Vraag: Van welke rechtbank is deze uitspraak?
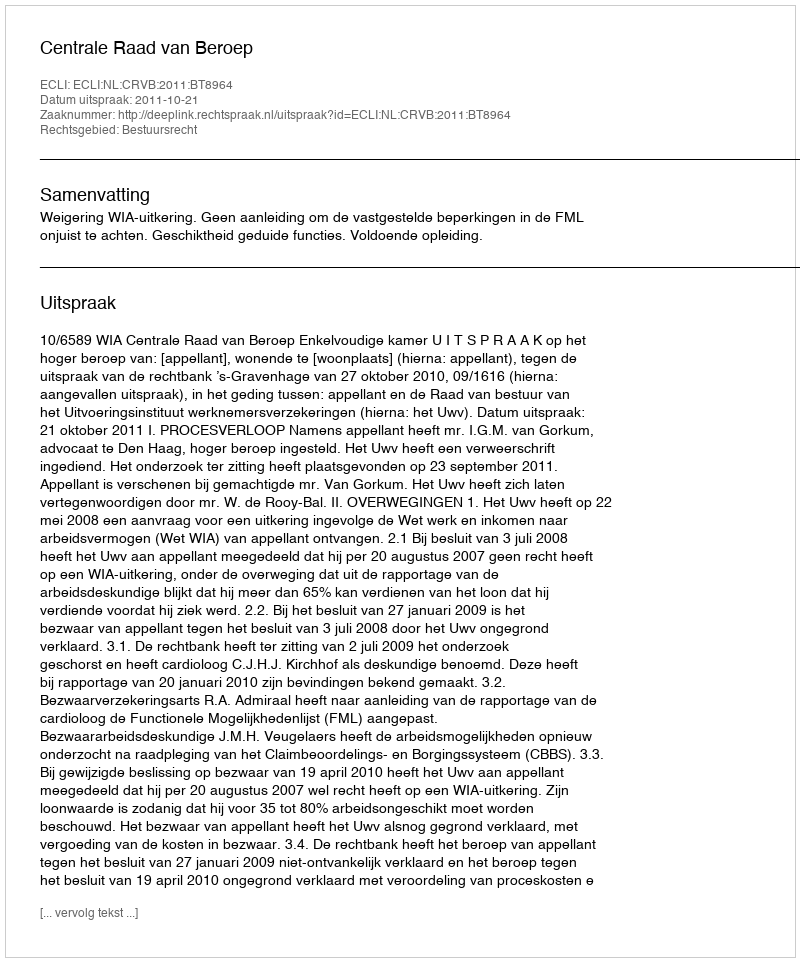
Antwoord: Centrale Raad van Beroep